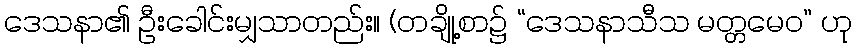
ဒေသနာ၏ ဦးခေါင်းမျှသာတည်း။ (တချို့စာ၌ “ဒေသနာသီသ မတ္တမေဝ” ဟု